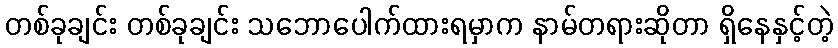
တစ်ခုချင်း တစ်ခုချင်း သဘောပေါက်ထားရမှာက နာမ်တရားဆိုတာ ရှိနေနှင့်တဲ့